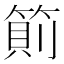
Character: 䈟